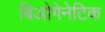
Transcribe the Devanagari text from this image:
बिओगेनेटिक